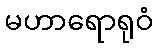
မဟာရောရုဝံ